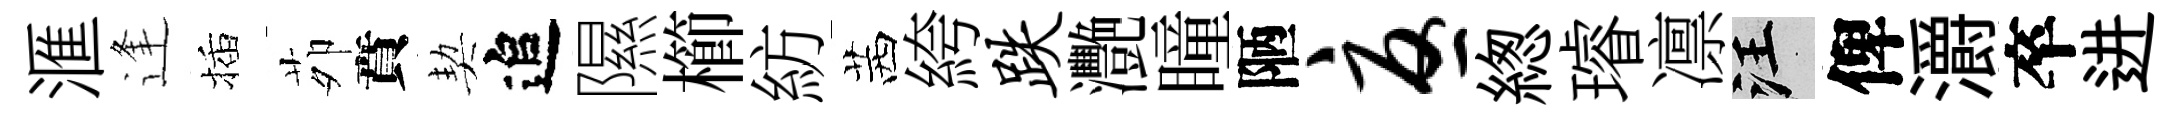
滙逢插茆賁契追隰櫛紡茜絝跌灧瞳陋忧緫璿凛汪俾灂卒进